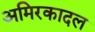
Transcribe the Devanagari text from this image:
अमिरकादल